Civil Veterinary Department. United Provinces 1932-42 - 1932-1942
Year: 1932
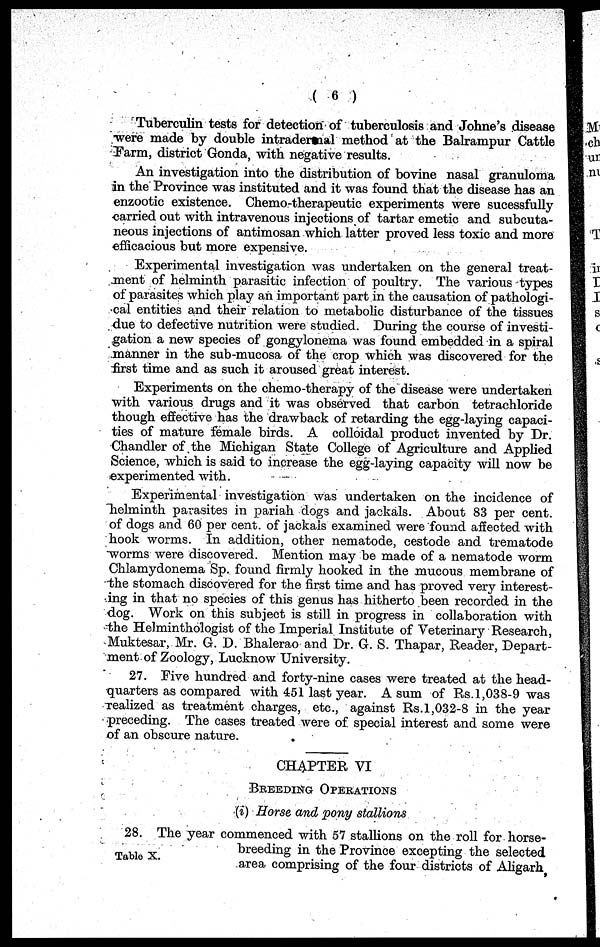
(6)
Tuberculin tests for detection of tuberculosis and Johne's disease
were made by double intradernal method at the Balrampur Cattle
Farm, district Gonda, with negative results.
An investigation into the distribution of bovine nasal granuloma
in the Province was instituted and it was found that the disease has an
enzootic existence. Chemo-therapeutic experiments were sucessfully
carried out with intravenous injections of tartar emetic and subcuta-
neous injections of antimosan which latter proved less toxic and more
efficacious but more expensive.
Experimental investigation was undertaken on the general treat-
ment of helminth parasitic infection of poultry. The various types
of parasites which play an important part in the causation of pathologi-
cal entities and their relation to metabolic disturbance of the tissues
due to defective nutrition were studied. During the course of investi-
gation a new species of gongylonema was found embedded in a spiral
manner in the sub-mucosa of the crop which was discovered for the
first time and as such it aroused great interest.
Experiments on the chemo-therapy of the disease were undertaken
with various drugs and it was observed that carbon tetrachloride
though effective has the drawback of retarding the egg-laying capaci-
ties of mature female birds. A colloidal product invented by Dr.
Chandler of the Michigan State College of Agriculture and Applied
Science, which is said to increase the egg-laying capacity will now be
experimented with.
Experimental investigation was undertaken on the incidence of
helminth parasites in pariah dogs and jackals. About 83 per cent.
of dogs and 60 per cent. of jackals examined were found affected with
hook worms. In addition, other nematode, cestode and trematode
worms were discovered. Mention may be made of a nematode worm
Chlamydonema Sp. found firmly hooked in the mucous membrane of
the stomach discovered for the first time and has proved very interest-
ing in that no species of this genus has hitherto been recorded in the
dog. Work on this subject is still in progress in collaboration with
the Helminthologist of the Imperial Institute of Veterinary Research,
Muktesar, Mr. G. D. Bhalerao and Dr. G. S. Thapar, Reader, Depart-
ment of Zoology, Lucknow University.
27. Five hundred and forty-nine cases were treated at the head-
quarters as compared with 451 last year. A sum of Rs.1,038-9 was
realized as treatment charges, etc., against Rs.1,032-8 in the year
preceding. The cases treated were of special interest and some were
of an obscure nature.
CHAPTER VI
BREEDING OPERATIONS
(i) Horse and pony stallions
Table X.
28. The year commenced with 57 stallions on the roll for horse-
breeding in the Province excepting the selected
area comprising of the four districts of Aligarh